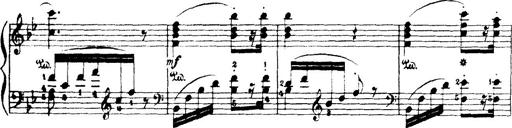
Title: Wagner-Liszt Album
Composer: Franz Liszt